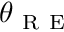
\theta _ { \mathrm { ~ R ~ E ~ } }